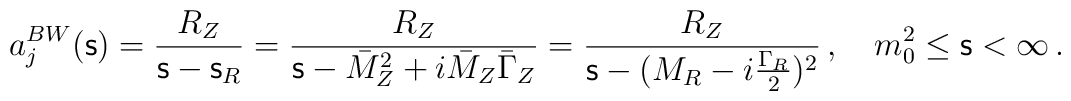
a_j^{BW}({\mathsf s})=      \frac{R_Z}{{\mathsf s}-{\mathsf s}_R}=      \frac {R_Z}{{\mathsf s}-\bar M^2_Z+i\bar M_Z\bar\Gamma_Z}=      \frac {R_Z}{{\mathsf s}-(M_R-i\frac{\Gamma_R}{2})^2}\, , \quad       m_0^2\leq {\mathsf s}<\infty \, .